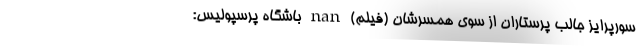
سورپرایز جالب پرستاران از سوی همسرشان (فیلم) nan باشگاه پرسپولیس: